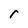
Character: r